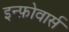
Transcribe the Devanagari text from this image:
इन्फ़ोवार्स